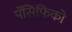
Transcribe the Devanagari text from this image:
पॅसिफिको